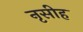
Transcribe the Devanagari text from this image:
नृसीह